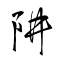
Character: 阱